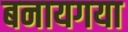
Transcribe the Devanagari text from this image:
बनायगया